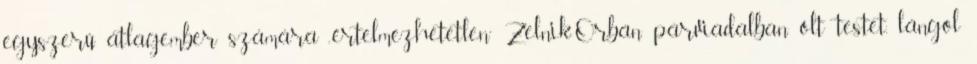
egyszerű átlagember számára „értelmezhetetlen” Zel­nik-Orbán párviadalban ölt testet, lángol